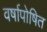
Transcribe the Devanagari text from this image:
वर्षापोषित